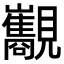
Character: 𧢧